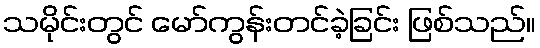
သမိုင်းတွင် မော်ကွန်းတင်ခဲ့ခြင်း ဖြစ်သည်။